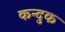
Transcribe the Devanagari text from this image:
कन्दुक